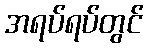
အရပ်ရပ်တွင်